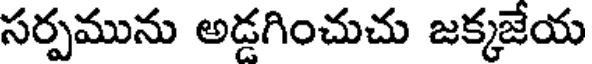
సర్పమును అడ్డగించుచు జక్కజేయ